Indian journal of veterinary science and animal husbandry - Volumes 15-17, 1948-1951
Year: 1948
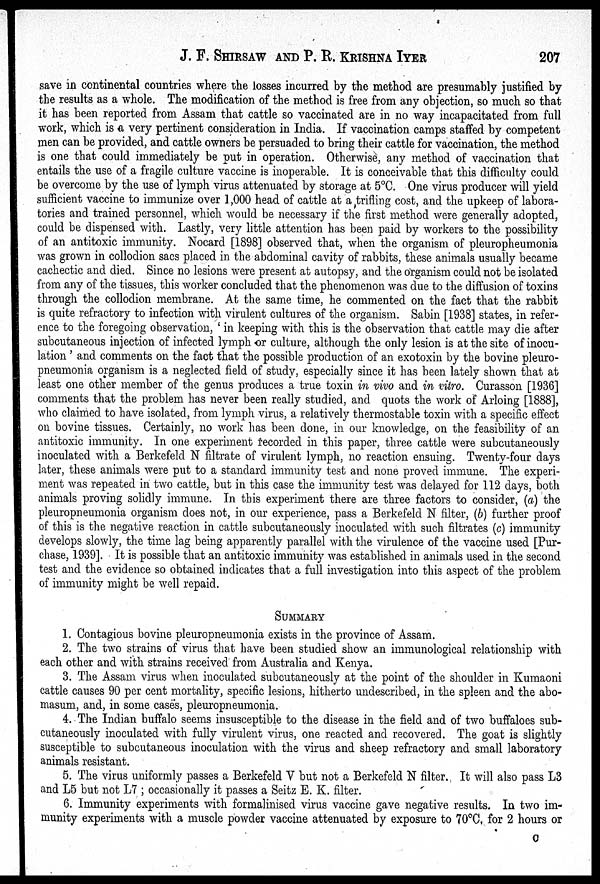
J. F. SHIRSAW AND P. R. KRISHNA IYER 207
save in continental countries where the losses incurred by the method are presumably justified by
the results as a whole. The modification of the method is free from any objection, so much so that
it has been reported from Assam that cattle so vaccinated are in no way incapacitated from full
work, which is a very pertinent consideration in India. If vaccination camps staffed by competent
men can be provided, and cattle owners be persuaded to bring their cattle for vaccination, the method
is one that could immediately be put in operation. Otherwise, any method of vaccination that
entails the use of a fragile culture vaccine is inoperable. It is conceivable that this difficulty could
be overcome by the use of lymph virus attenuated by storage at 5ºC. One virus producer will yield
sufficient vaccine to immunize over 1,000 head of cattle at a trifling cost, and the upkeep of labora-
tories and trained personnel, which would be necessary if the first method were generally adopted,
could be dispensed with. Lastly, very little attention has been paid by workers to the possibility
of an antitoxic immunity. Nocard [1898] observed that, when the organism of pleuropneumonia
was grown in collodion sacs placed in the abdominal cavity of rabbits, these animals usually became
cachectic and died. Since no lesions were present at autopsy, and the organism could not be isolated
from any of the tissues, this worker concluded that the phenomenon was due to the diffusion of toxins
through the collodion membrane. At the same time, he commented on the fact that the rabbit
is quite refractory to infection with virulent cultures of the organism. Sabin [1938] states, in refer-
ence to the foregoing observation, 'in keeping with this is the observation that cattle may die after
subcutaneous injection of infected lymph or culture, although the only lesion is at the site of inocu-
lation ' and comments on the fact that the possible production of an exotoxin by the bovine pleuro-
pneumonia organism is a neglected field of study, especially since it has been lately shown that at
least one other member of the genus produces a true toxin in vivo and in vitro. Curasson [1936]
comments that the problem has never been really studied, and quots the work of Arloing [1888],
who claimed to have isolated, from lymph virus, a relatively thermostable toxin with a specific effect
on bovine tissues. Certainly, no work has been done, in our knowledge, on the feasibility of an
antitoxic immunity. In one experiment recorded in this paper, three cattle were subcutaneously
inoculated with a Berkefeld N filtrate of virulent lymph, no reaction ensuing. Twenty-four days
later, these animals were put to a standard immunity test and none proved immune. The experi-
ment was repeated in two cattle, but in this case the immunity test was delayed for 112 days, both
animals proving solidly immune. In this experiment there are three factors to consider, (a) the
pleuropneumonia organism does not, in our experience, pass a Berkefeld N filter, (b) further proof
of this is the negative reaction in cattle subcutaneously inoculated with such filtrates (c) immunity
develops slowly, the time lag being apparently parallel with the virulence of the vaccine used [Pur-
chase, 1939]. It is possible that an antitoxic immunity was established in animals used in the second
test and the evidence so obtained indicates that a full investigation into this aspect of the problem
of immunity might be well repaid.
SUMMARY
1. Contagious bovine pleuropneumonia exists in the province of Assam.
2. The two strains of virus that have been studied show an immunological relationship with
each other and with strains received from Australia and Kenya.
3. The Assam virus when inoculated subcutaneously at the point of the shoulder in Kumaoni
cattle causes 90 per cent mortality, specific lesions, hitherto undescribed, in the spleen and the abo-
masum, and, in some cases, pleuropneumonia.
4. The Indian buffalo seems insusceptible to the disease in the field and of two buffaloes sub-
cutaneously inoculated with fully virulent virus, one reacted and recovered. The goat is slightly
susceptible to subcutaneous inoculation with the virus and sheep refractory and small laboratory
animals resistant.
5. The virus uniformly passes a Berkefeld V but not a Berkefeld N filter. It will also pass L3
and L5 but not L7; occasionally it passes a Seitz E. K. filter.
6. Immunity experiments with formalinised virus vaccine gave negative results. In two im-
munity experiments with a muscle powder vaccine attenuated by exposure to 70ºC, for 2 hours or
C